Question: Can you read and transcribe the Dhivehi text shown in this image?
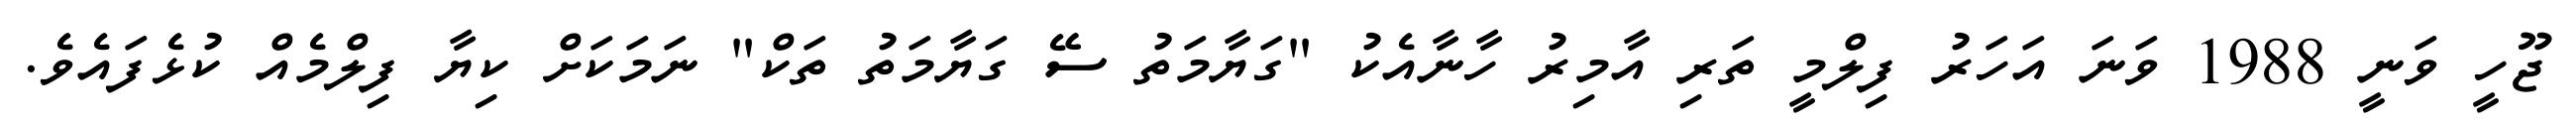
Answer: ޖޫހީ ވަނީ 1988 ވަނަ އަހަރު ފިލްމީ ތަރި އާމިރު ހާނާއެކު "ގަޔާމަތު ސޭ ގަޔާމަތު ތަކް" ނަމަކަށް ކިޔާ ފިލްމެއް ކުޅެފައެވެ.